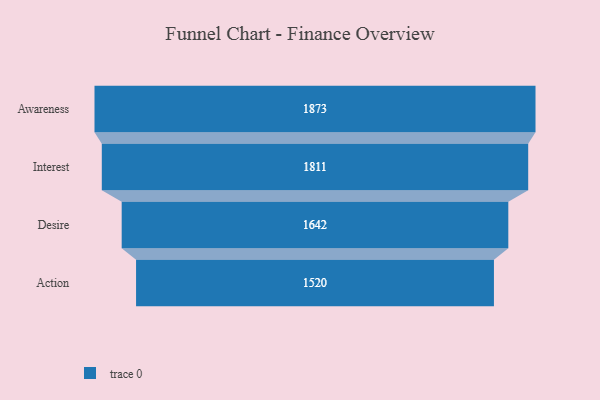
{"axis": {"x": "Stage", "y": "Value"}, "legend": [""], "data": [{"x": "Awareness", "y": 1873.0, "type": ""}, {"x": "Interest", "y": 1811.0, "type": ""}, {"x": "Desire", "y": 1642.0, "type": ""}, {"x": "Action", "y": 1520.0, "type": ""}]}